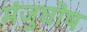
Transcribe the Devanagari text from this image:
मंजुघोष